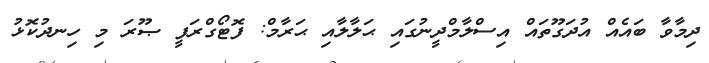
ދިމާވާ ބައެއް އުދަގޫތައް އިސްލާމްދީނުގައި ޙަލާލާއި ޙަރާމް: ފޮޓޯގްރަފީ ޞޫރަ މި ހިނދުކޮޅު